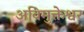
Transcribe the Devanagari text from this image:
अविमुक्तेश्वर